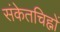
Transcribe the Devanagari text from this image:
संकेतचिह्नों